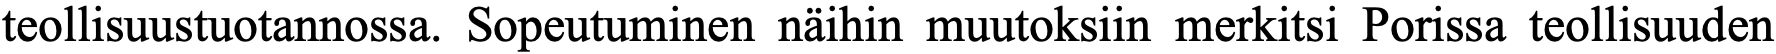
teollisuustuotannossa. Sopeutuminen näihin muutoksiin merkitsi Porissa teollisuuden